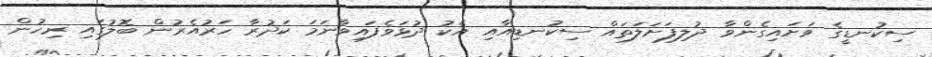
ސިކުނޑީގެ ވަށައިގެންވާ ދުލިފަށަލަތައް ސިކުނޑިއާއި އެކު ދުޅަވެފައިވާނަމަ ކަދުރާ ހަރުއެރުން ބޮލުގައި ރިހުން